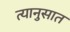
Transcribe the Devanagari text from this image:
त्यानुसात